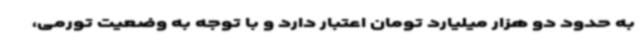
به حدود دو هزار میلیارد تومان اعتبار دارد و با توجه به وضعیت تورمی،